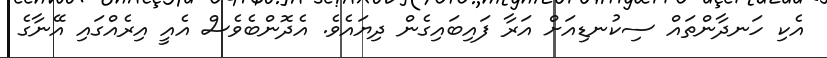
އެކި ހަނދާންތައް ސިކުނޑިއަށް އަރާ ފައިބައިގެން ދިޔައެވެ. އެދޮންބެވެސް އެއީ އިރެއްގައި އޭނާގެ